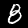
Digit: 8